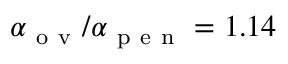
\alpha _ { \mathrm { ~ o ~ v ~ } } / \alpha _ { \mathrm { ~ p ~ e ~ n ~ } } = 1 . 1 4